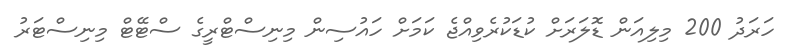
ހަރަދު 200 މިލިއަން ޑޮލަރަށް ކުޑަކުރެވިއްޖެ ކަމަށް ހައުސިން މިނިސްޓްރީގެ ސްޓޭޓް މިނިސްޓަރު